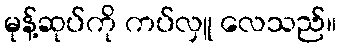
မုန့်ဆုပ်ကို ကပ်လှူ လေသည်။